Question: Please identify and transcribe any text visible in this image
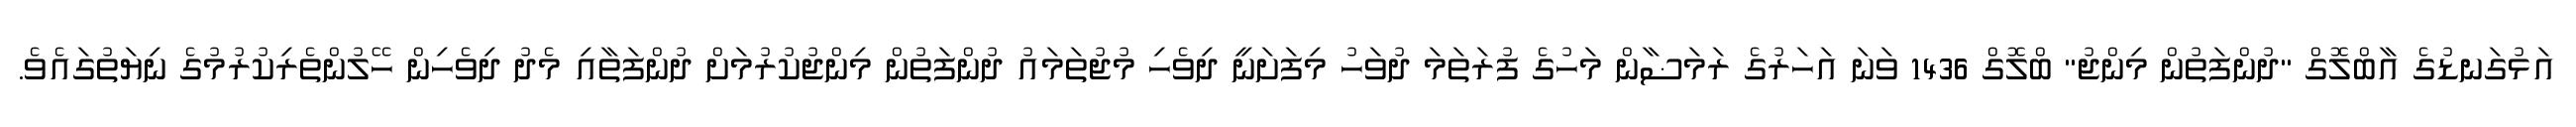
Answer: އަޅުގަނޑުގެ އާބްލޮގް "ދުންފަތުން މިންޖު" ބްލޮގް 1436 ވަނަ އަހަރުގެ ރަމަޟާން މަހުގެ ފުރަތަމަ ދުވަހު މިފަށަނީ ދިވެހި މުޖުތަމައު ދުންފަތުން މިންޖުކުރުމަށް ދުންފަތާއި މެދު ދިވެހިން ހޭލުންތެރިކުރުމުގެ ނިޔަތުގައެވެ.